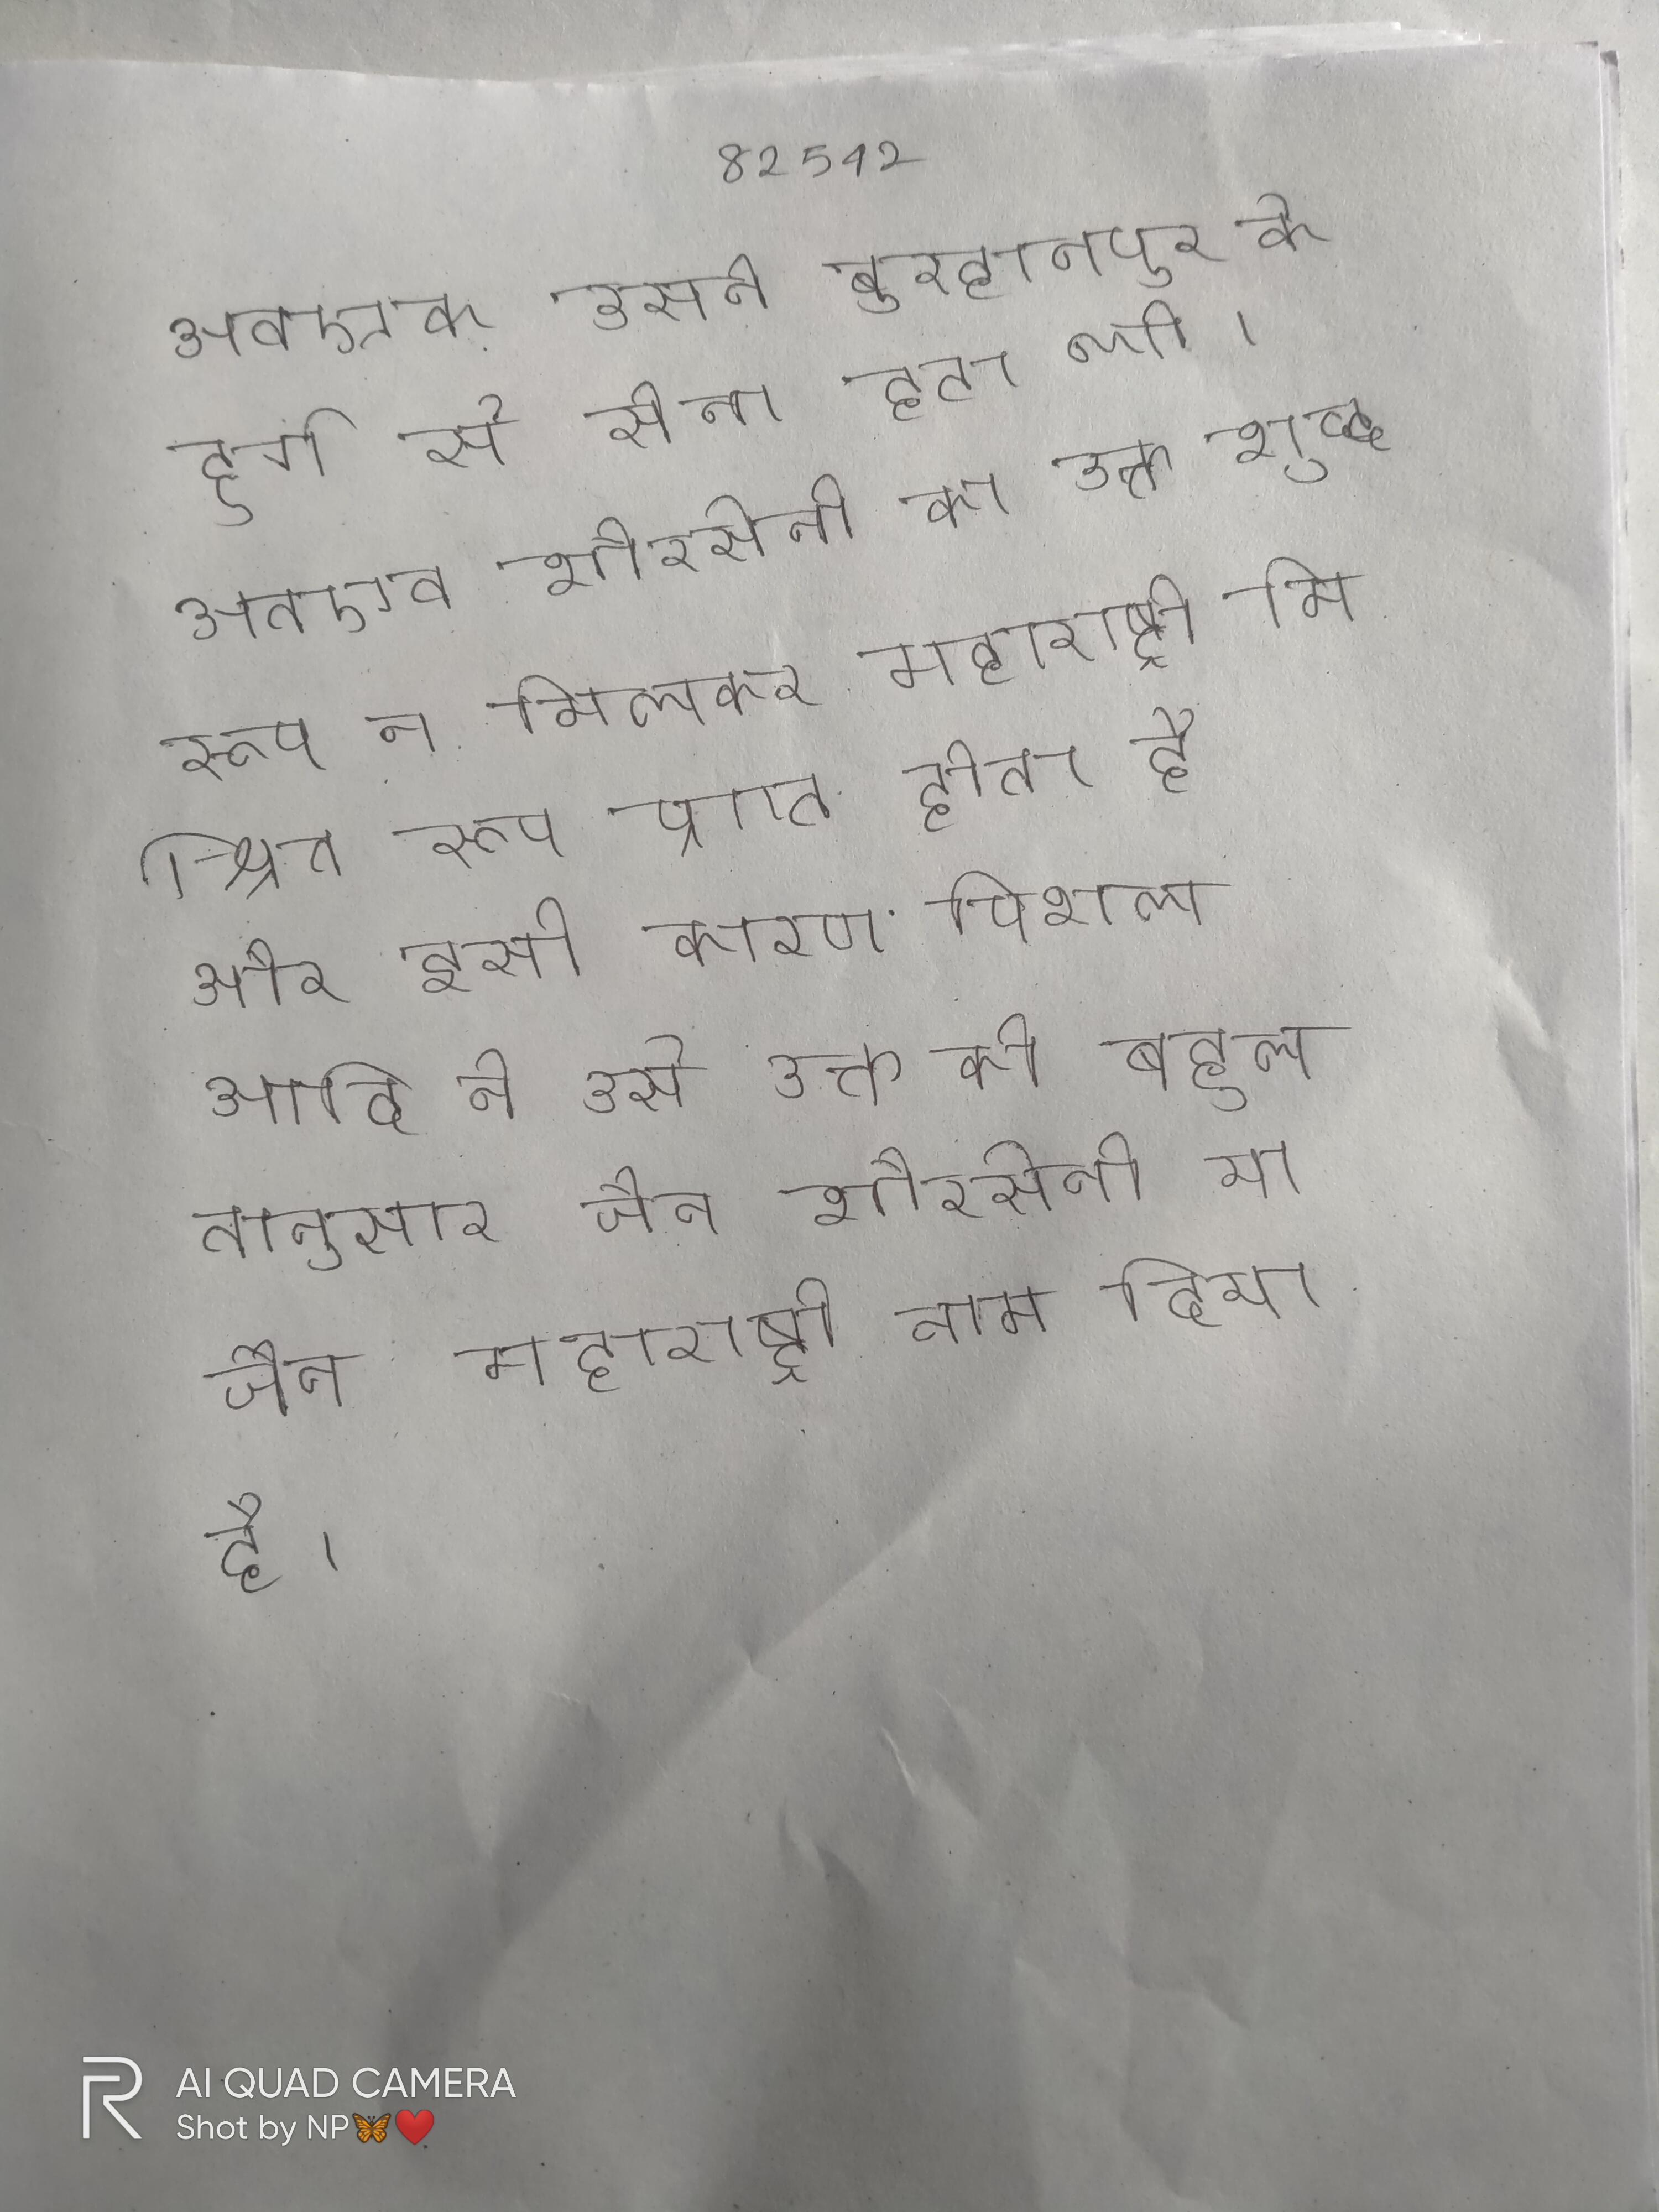
अतएव उसने बुरहानपुर के दुर्ग से सेना हटा ली । अतएव शौरसेनी का उक्त शुद्ध रूप न मिलकर महाराष्ट्री मिश्रित रूप प्राप्त होता है और इसी कारण पिशल आदि ने उसे उक्त की बहुलतानुसार जैन शौरसेनी या जैन महाराष्ट्री नाम दिया है ।